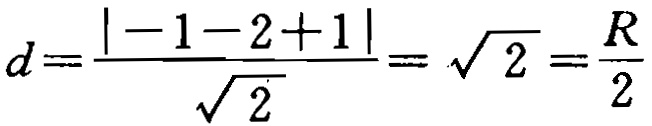
\[d=\frac{\vert -1 - 2 + 1\vert}{\sqrt{2}}=\sqrt{2}=\frac{R}{2}\]